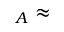
_ A \approx